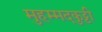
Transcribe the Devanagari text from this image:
मुहम्मदकुट्टी